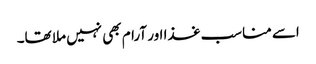
اسے مناسب غذا اور آرام بھی نہیں ملا تھا۔